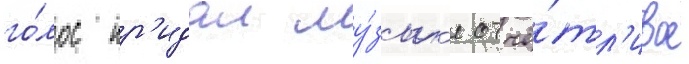
го́лос пр'идал му́зык'е отчё́тл'ивое